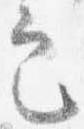
定